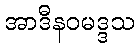
အာဒီနဝမဒ္ဒသ